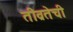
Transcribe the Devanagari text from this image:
तीव्रतेची